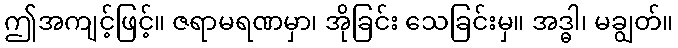
ဤအကျင့်ဖြင့်။ ဇရာမရဏမှာ၊ အိုခြင်း သေခြင်းမှ။ အဒ္ဓါ၊ မချွတ်။